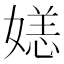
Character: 𫱛